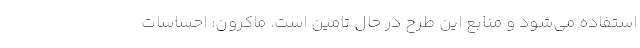
استفاده می‌شود و منابع این طرح در حال تامین است. ماکرون: احساسات